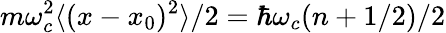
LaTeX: m\omega_{c}^{2}\langle(x-x_{0})^{2}\rangle/2=\hbar\omega_{c}(n+1/2)/2